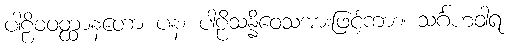
ပါဠိဝဝတ္ထာနတော ပန၊ ပါဠိသန္နိဝေသအားဖြင့်ကား။ သင်္ဂဟဝါရ